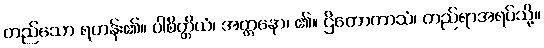
တည်သော ရဟန်း၏။ ပါစိတ္တိယံ၊ အတ္တနော၊ ၏။ ဌိတောကာသံ၊ တည်ရာအရပ်သို့။